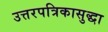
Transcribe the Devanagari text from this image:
उत्तरपत्रिकासुद्धा